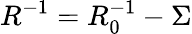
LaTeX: R^{-1}=R_{0}^{-1}-\Sigma